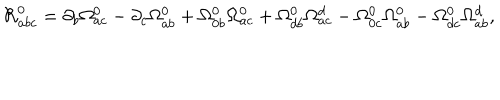
{ \cal R } _ { a b c } ^ { 0 } = \partial _ { b } \Omega _ { a c } ^ { 0 } - \partial _ { c } \Omega _ { a b } ^ { 0 } + \Omega _ { 0 b } ^ { 0 } \Omega _ { a c } ^ { 0 } + \Omega _ { d b } ^ { 0 } \Omega _ { a c } ^ { d } - \Omega _ { 0 c } ^ { 0 } \Omega _ { a b } ^ { 0 } - \Omega _ { d c } ^ { 0 } \Omega _ { a b } ^ { d } ,